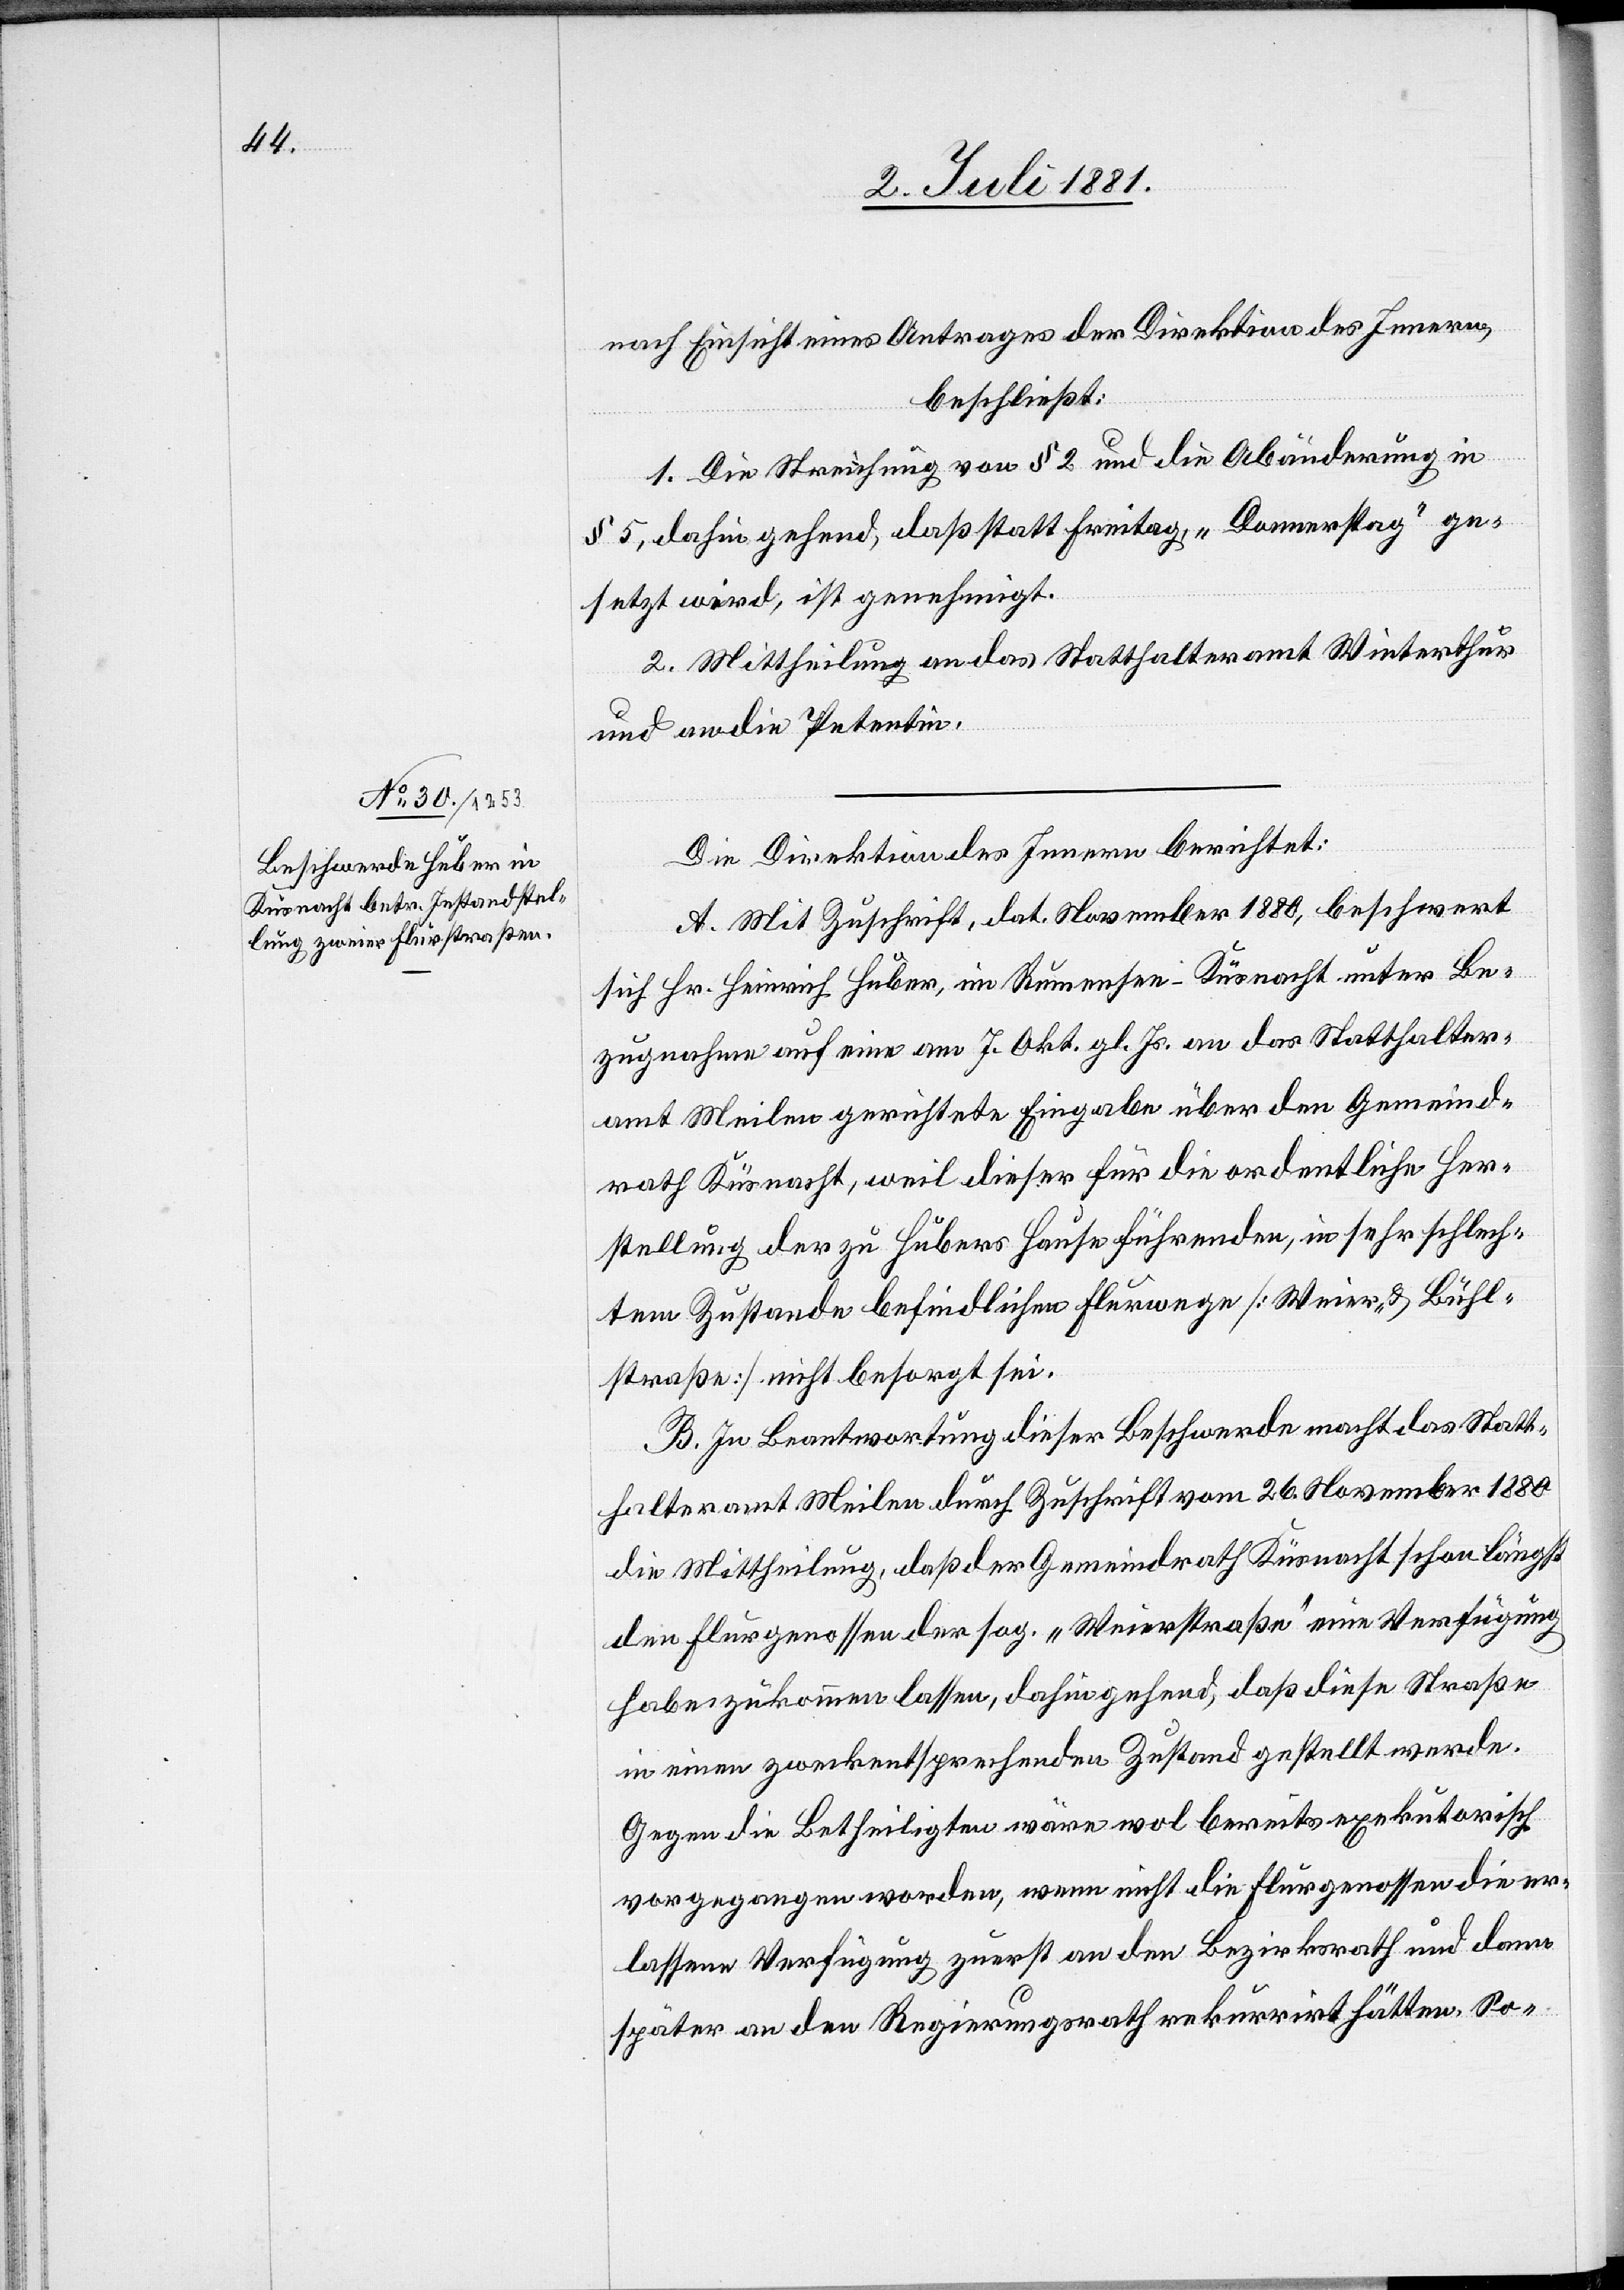
nach Einsicht eines Antrages der Direktion des Innern,
beschließt:
1. Die Streichung von § 2 und die Abänderung in
§ 5, dahin gehend, daß statt Freitag, „Donnerstag“ ge¬
setzt wird, ist genehmigt.
2. Mittheilung an das Statthalteramt Winterthur
und an die Petentin.
Die Direktion des Innern berichtet:
A. Mit Zuschrift, dat. November 1880, beschwert
sich Hr. Heinrich Huber, in Rumensee - Küsnacht unter Be¬
zugnahme auf eine am 7. Okt. gl. Js. an das Statthalter¬
amt Meilen gerichtete Eingabe über den Gemeind¬
rath Küsnacht, weil dieser für die ordentliche Her¬
stellung der zu Hubers Hause führenden, in sehr schlech¬
tem Zustande befindlichen Flurwege [Weier- & Bühl¬
straße] nicht besorgt sei.
B. In Beantwortung dieser Beschwerde macht das Statt¬
halteramt Meilen durch Zuschrift vom 26. November 1880
die Mittheilung, daß der Gemeindrath Küsnacht schon längst
den Flurgenossen der sog. „Weierstraße“ eine Verfügung
habe zukommen lassen, dahingehend, daß diese Straße
in einen zweckentsprechenden Zustand gestellt werde.
Gegen die Betheiligten wäre wol bereits exekutorisch
vorgegangen worden, wenn nicht die Flurgenossen die er¬
lassene Verfügung zuerst an den Bezirksrath und dann
später an den Regierungsrath rekurrirt hätten. So-